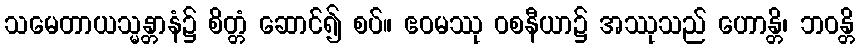
သမေတာယသ္မန္တာနံ၌ စိတ္တံ ဆောင်၍ စပ်။ ဧဝမဿု ဝစနီယာ၌ အဿုသည် ဟောန္တိ၊ ဘဝန္တိ